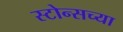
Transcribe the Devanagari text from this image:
स्टोन्सच्या